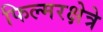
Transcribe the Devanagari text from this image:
फिल्मरक्षेत्रे